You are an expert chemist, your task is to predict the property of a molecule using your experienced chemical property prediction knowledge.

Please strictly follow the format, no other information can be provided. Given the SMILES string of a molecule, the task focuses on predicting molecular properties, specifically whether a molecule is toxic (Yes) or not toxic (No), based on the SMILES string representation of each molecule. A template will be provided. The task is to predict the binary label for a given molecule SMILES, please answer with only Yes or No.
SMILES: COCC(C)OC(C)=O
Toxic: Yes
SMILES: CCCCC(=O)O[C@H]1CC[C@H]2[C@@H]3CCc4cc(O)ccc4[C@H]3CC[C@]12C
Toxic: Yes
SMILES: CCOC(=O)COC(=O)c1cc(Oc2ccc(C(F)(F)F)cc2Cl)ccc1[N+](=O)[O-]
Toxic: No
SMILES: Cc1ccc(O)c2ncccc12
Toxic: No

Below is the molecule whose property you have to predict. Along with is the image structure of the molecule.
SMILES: O=CNc1ccccc1
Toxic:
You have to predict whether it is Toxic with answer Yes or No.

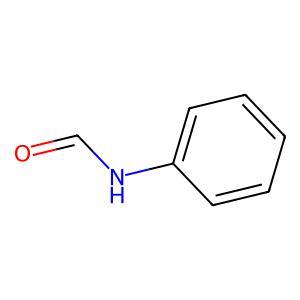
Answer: No